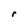
Character: r